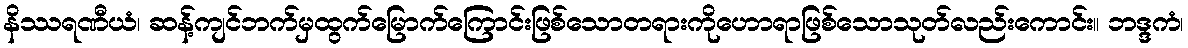
နိဿရဏီယံ၊ ဆန့်ကျင်ဘက်မှထွက်မြောက်ကြောင်းဖြစ်သောတရားကိုဟောရာဖြစ်သောသုတ်လည်းကောင်း။ ဘဒ္ဒကံ၊